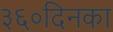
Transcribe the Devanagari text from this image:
३६०दिनका